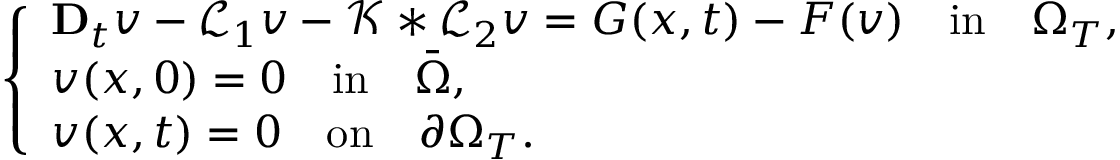
\left\{ \begin{array} { l l } { \mathbf { D } _ { t } v - \mathcal { L } _ { 1 } v - \mathcal { K } * \mathcal { L } _ { 2 } v = G ( x , t ) - F ( v ) \quad \mathrm { i n } \quad \Omega _ { T } , } \\ { v ( x , 0 ) = 0 \quad \mathrm { i n } \quad \bar { \Omega } , } \\ { v ( x , t ) = 0 \quad \mathrm { o n } \quad \partial \Omega _ { T } . } \end{array} \right.